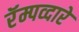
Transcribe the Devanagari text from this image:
रॅम्पव्दारे